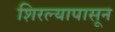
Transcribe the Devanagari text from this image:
शिरल्यापासून